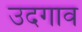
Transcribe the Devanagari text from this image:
उदगाव